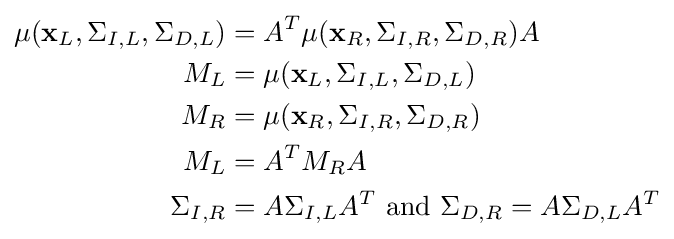
{\begin{aligned}\mu (\mathbf {x} _{L},\Sigma _{I,L},\Sigma _{D,L})&{}=A^{T}\mu (\mathbf {x} _{R},\Sigma _{I,R},\Sigma _{D,R})A\\M_{L}&{}=\mu (\mathbf {x} _{L},\Sigma _{I,L},\Sigma _{D,L})\\M_{R}&{}=\mu (\mathbf {x} _{R},\Sigma _{I,R},\Sigma _{D,R})\\M_{L}&{}=A^{T}M_{R}A\\\Sigma _{I,R}&{}=A\Sigma _{I,L}A^{T}{\text{ and }}\Sigma _{D,R}=A\Sigma _{D,L}A^{T}\end{aligned}}